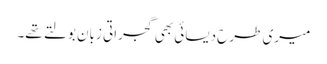
میری طرح دیسائی بھی گجراتی زبان بولتے تھے۔